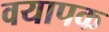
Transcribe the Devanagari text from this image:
वयापक